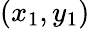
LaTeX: \left(x_{1},y_{1}\right)